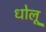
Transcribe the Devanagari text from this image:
धोलू